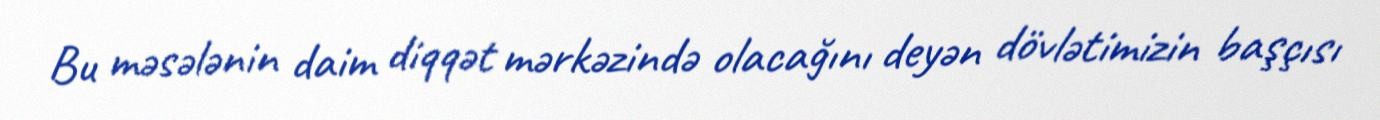
Bu məsələnin daim diqqət mərkəzində olacağını deyən dövlətimizin başçısı